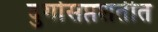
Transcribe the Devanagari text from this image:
दुर्गासप्तशतीत